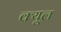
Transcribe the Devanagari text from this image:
क्यूल